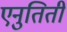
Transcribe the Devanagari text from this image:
एनुतिती